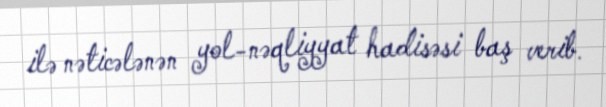
ilə nəticələnən yol-nəqliyyat hadisəsi baş verib.